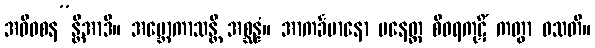
အဓိဝစန”န္တိအာဒိ။ အဗ္ဘောကာသန္တိ အစ္ဆန္နံ။ အာကင်္ခမာနော ပနေတ္ထ စီဝရကုဋိံ ကတွာ ဝသတိ။